Report of the Indian Hemp Drugs Commission, 1894-1895 - Volume VI
Year: 1894
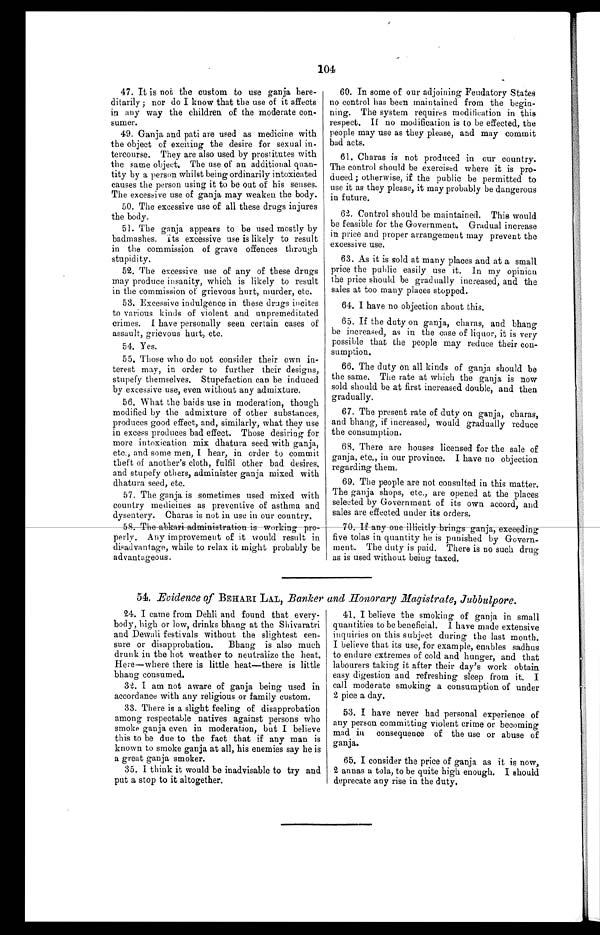
104
47. It is not the custom to use ganja here
- ditarily; nor do I know that the use of it affects
in any way the children of the moderate con- -
sumer.
49. Ganja and pati are used as medicine with
the object of exciting the desire for sexual in-
- t e r c o u r s e . T h e y a r e a l s o u s e d b y p r o s t i t u t e s w i t h
the same object. The use of an additional quan- -
tity by a person whilst being ordinarily intoxicated
causes the person using it to be out of his senses.
The excessive use of ganja may weaken the body.
50. The excessive use of all these drugs injures
the body.
51. The ganja appears to be used mostly by
badmashes. Its excessive use is likely to result
in the commission of grave offences through
stupidity.
52. The excessive use of any of these drugs
may produce insanity, which is likely to result
in the commission of grievous hurt, murder, etc.
53. Excessive indulgence in these drugs incites
to various kinds of violent and unpremeditated
crimes. I have personally seen certain cases of
assault, grievous hurt, etc.
54. Yes.
55. Those who do not consider their own in
- terest may, in order to further their designs,
stupefy themselves. Stupefaction can be induced
by excessive use, even without any admixture.
56.
What the baids use in moderation, though
modified by the admixture of other substances,
produces good effect, and, similarly, what they use
in excess produces bad effect. Those desiring for
more intoxication mix dhatura seed with ganja,
etc., and some men, I hear, in order to commit
theft of another's cloth, fulfil other bad desires
, and stupefy others, administer ganja mixed with
dhatura seed, etc.
57. The ganja is sometimes used mixed with
country medicines as preventive of asthma and
dysent ery. Charas i s not i n use i n our count ry.
58. The abkari admi ni st rat i on i s worki ng pro- perl y. Any i mprovement of i t woul d resul t i n
disadvantage, while to relax it might probably be
advantageous.
60. In some of our adjoining Feudatory States
no control has been maintained from the begin- -
ning. The system requires modification in this
respect. If no modification is to be effected, the
people may use as they please, and may commit
bad acts.
61. Charas is not produced in our country.
The control should be exercised where it is pro- -
duced; otherwise, if the public be permitted to
use it as they please, it may probably be dangerous
in future.
62. Control should be maintained. This would
be feasible for the Government. Gradual increase
in price and proper arrangement may prevent the
excessive use.
63. As it is sold at many places and at a small
price the public easily use it. In my opinion
the price should be gradually increased, and the
sales at too many places stopped.
64. I have no objection about this.
65. If the duty on ganja, charas, and bhang
be increased, as in the case of liquor, it is very
possible that the people may reduce their con- -
sumption.
66. The duty on all kinds of ganja should be
the same. The rate at which the ganja is now
sold should be at first increased double, and then
gradually.
67. The present rate of duty on ganja, charas,
and bhang, if increased, would gradually reduce
the consumption.
68. There are houses licensed for the sale of
ganja, etc., in our province. I have no objection
regarding them.
69. The people are not consulted in this matter.
The ganja shops, etc., are opened at the places
selected by Government of its own accord, and
sales are effected under its orders.
70.
If any one illicitly brings ganja, exceeding
five tolas in quantity he is punished by Govern- -
ment. The duty is paid. There is no such drug
as is used without being taxed.
54. Evidence of BEHARI LAL, Banker and Honorary Magistrate, Jubbulpore.
24. I came from Dehli and found that every- -
body, high or low, drinks bhang at the Shivaratri
and Dewali festivals without the slightest cen- -
sure or disapprobation. Bhang is also much
drunk in the hot weather to neutralize the heat.
Here—where there is little heat—there is little
bhang consumed.
32. I am not aware of ganja being used in
accordance with any religious or family custom.
33. There is a slight feeling of disapprobation
among respectable natives against persons who
smoke ganja even in moderation, but I believe
this to be due to the fact that if any man is
known to smoke ganja at all, his enemies say he is
a great ganja smoker.
35. I think it would be inadvisable to try and
put a stop to it altogether.
41. I believe the smoking of ganja in small
quantities to be beneficial. I have made extensive
inquiries on this subject during the last month.
I believe that its use, for example, enables sadhus
to endure extremes of cold and hunger, and that
labourers taking it after their day's work obtain
easy digestion and refreshing sleep from it. I
call moderate smoking a consumption of under
2 pice a day.
53. I have never had personal experience of
any person committing violent crime or becoming
mad in consequence of the use or abuse of
ganja.
65. I consider the price of ganja as it is now,
2 annas a tola, to be quite high enough. I should
deprecate any rise in the duty.